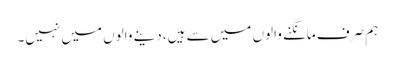
ہم صرف مانگنے والوں میں سے ہیں، دینے والوں میں نہیں۔